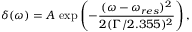
\delta ( \omega ) = A \, \exp \left( - \frac { ( \omega - \omega _ { r e s } ) ^ { 2 } } { 2 ( \Gamma / 2 . 3 5 5 ) ^ { 2 } } \right) ,